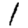
Digit: 1